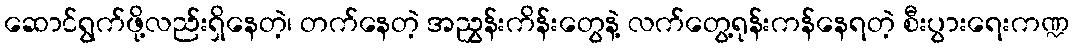
ဆောင်ရွက်ဖို့လည်းရှိနေတဲ့၊ တက်နေတဲ့ အညွှန်းကိန်းတွေနဲ့ လက်တွေ့ရုန်းကန်နေရတဲ့ စီးပွားရေးကဏ္ဍ